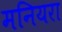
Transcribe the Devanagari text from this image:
मनियरा